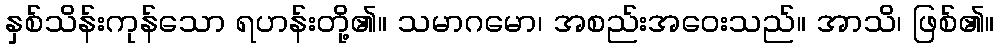
နှစ်သိန်းကုန်သော ရဟန်းတို့၏။ သမာဂမော၊ အစည်းအဝေးသည်။ အာသိ၊ ဖြစ်၏။